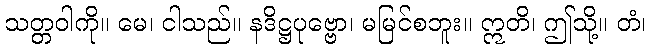
သတ္တဝါကို။ မေ၊ ငါသည်။ နဒိဋ္ဌပုဗ္ဗော၊ မမြင်စဘူး။ ဣတိ၊ ဤသို့။ တံ၊